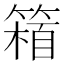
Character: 𥲴